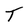
Character: T